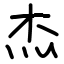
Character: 杰